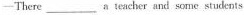
—There ___ eacher and some students